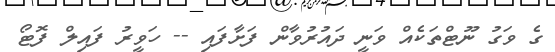
ގެ ވަގު ނޫޓްތަކެއް ވަނީ ދައުރުވާން ފަށާފައި -- ހަވީރު ފައިލް ފޮޓޯ